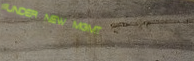
UNDER NEW MGMT